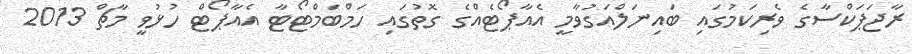
ރާޖަޕަކްސާގެ ވެރިކަމުގައި ބައިނަލްއަގުވާމީ އެއާޕޯޓެއްގެ ގޮތުގައި ހަމްބަމްޓޯޓާ އެއާޕޯޓް ހުޅުވީ މާޗް 2013